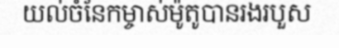
យល់ចំនែកម្ចាស់ម៉ូតូបានរងរបួស